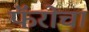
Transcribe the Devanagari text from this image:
फॅरोचा